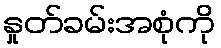
နှုတ်ခမ်းအစုံကို